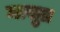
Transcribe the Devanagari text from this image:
नासुप्र